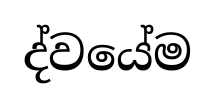
ද්වයේම